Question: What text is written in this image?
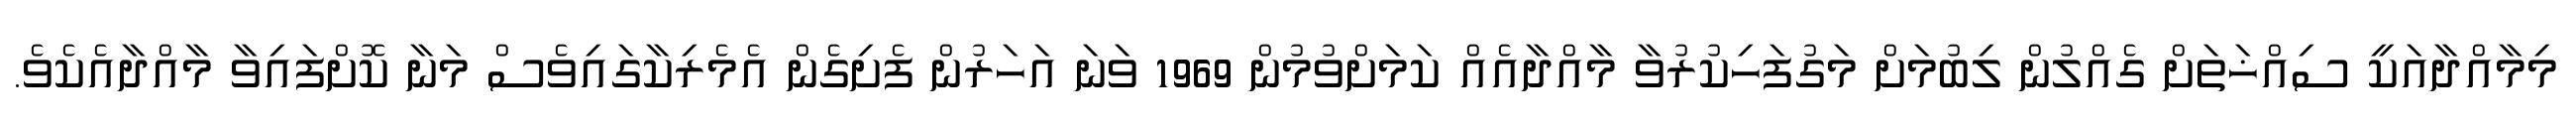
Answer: މިމާއްދާއަކީ ސިއްޚަތަށް ގެއްލުން ލިބުމަށް މަގުފަހިކުރުވާ މާއްދާއެއް ކަމަށްވުމުން 1969 ވަނަ އަހަރުން ފެށިގެން އެމެރިކާގައިވެސް މަނާ ކޮށްފައިވާ މާއްދާއެކެވެ.